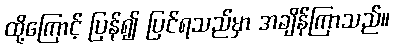
ထို့ကြောင့် ပြန်၍ ပြင်ရသည်မှာ အချိန်ကြာသည်။